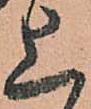
上